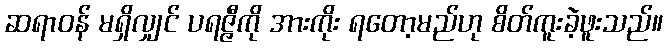
ဆရာဝန် မရှိလျှင် ပရဇ္ဇီကို အားကိုး ရတော့မည်ဟု စိတ်ကူးခဲ့ဖူးသည်။